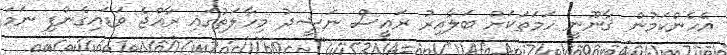
އެހެންކަމުން ޤާނޫނީ ހަމަތަކަށް ބަލާއިރު ރައީސް ނަޝީދު މިހާލަތުގައި ރާއްޖެ ވަޑައިގެންފި ނަމަ